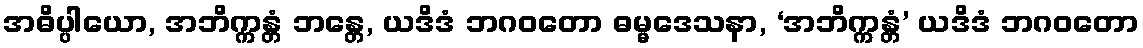
အဓိပ္ပါယော, အဘိက္ကန္တံ ဘန္တေ, ယဒိဒံ ဘဂဝတော ဓမ္မဒေသနာ, ‘အဘိက္ကန္တံ’ ယဒိဒံ ဘဂဝတော